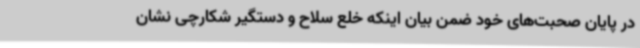
در پایان صحبت‌های خود ضمن بیان اینکه خلع سلاح و دستگیر شکارچی نشان